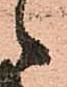
ゝ